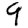
Digit: 9